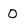
Character: 0